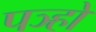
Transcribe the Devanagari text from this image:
पञ्हो